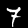
Label: 7